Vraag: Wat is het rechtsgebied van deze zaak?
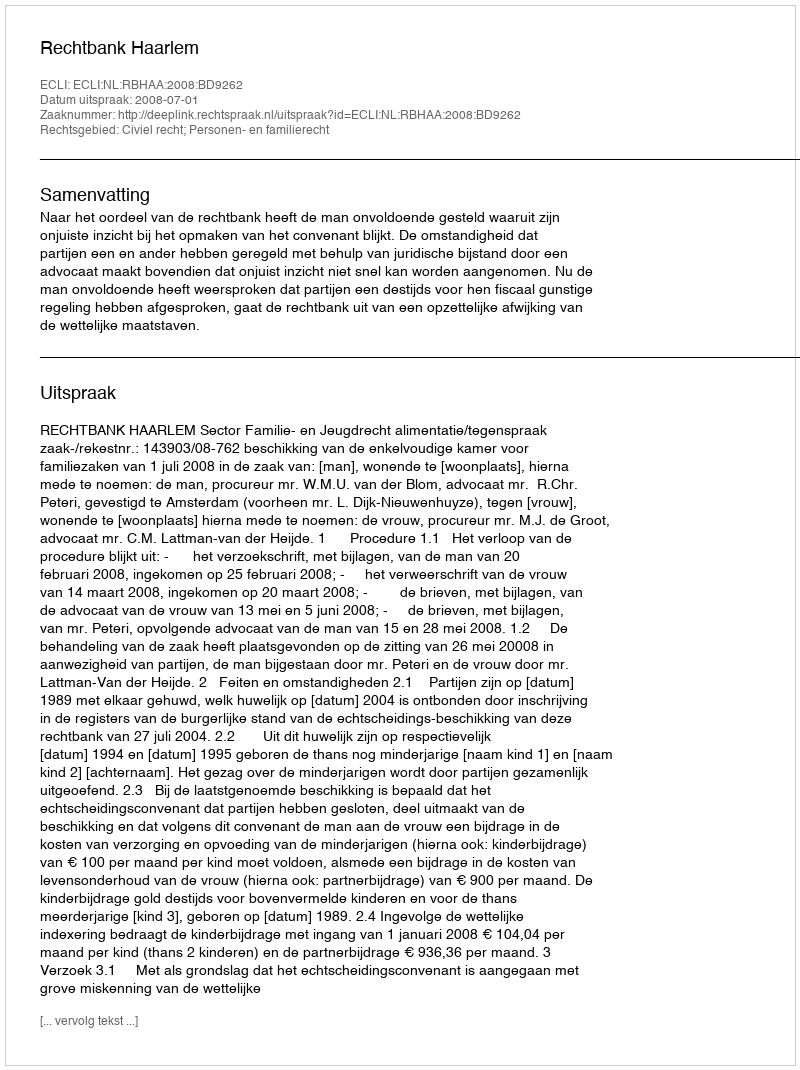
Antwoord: Civiel recht; Personen- en familierecht